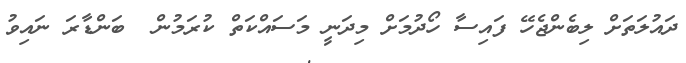
ދައުލަތަށް ލިބެންޖެހޭ ފައިސާ ހޯދުމަށް މިދަނީ މަސައްކަތް ކުރަމުން  ބަންޑާރަ ނައިވު